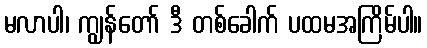
မလာပါ၊ ကျွန်တော် ဒီ တစ်ခေါက် ပထမအကြိမ်ပါ။